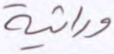
وراثية